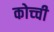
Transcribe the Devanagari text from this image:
कोच्‍ची